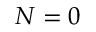
N = 0